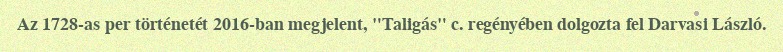
Az 1728-as per történetét 2016-ban megjelent, "Taligás" c. regényében dolgozta fel Darvasi László.